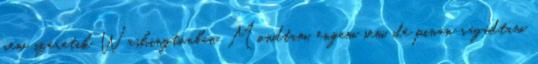
nem szeretik Washingtonban. Mondtam, engem sem, de pinán ragadtam